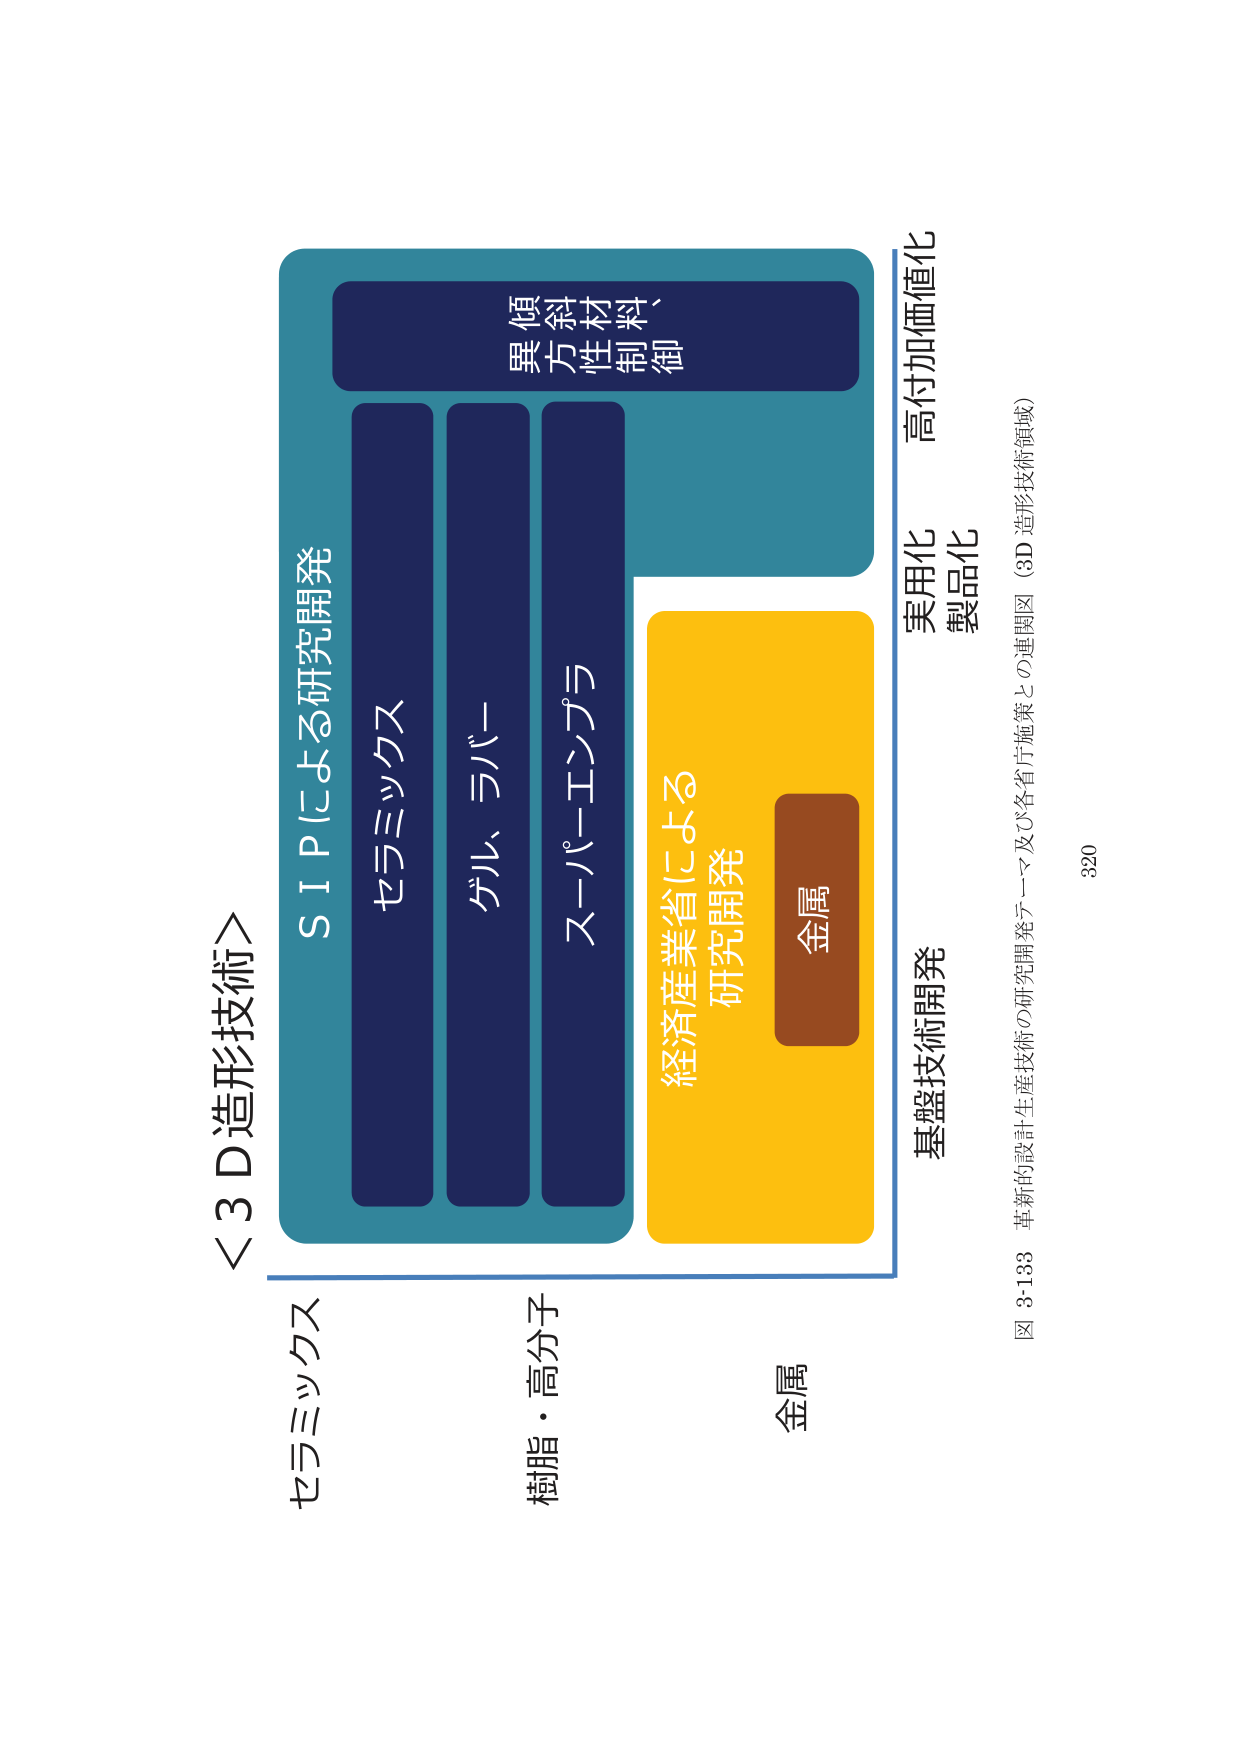
＜3D造形技術＞
SIPによる研究開発
セラミックス
ゲル、ラバー
スーパーエンプラ
異傾
方斜
性材
制料
御
経済産業省による
研究開発
金属
基盤技術開発
実用化
製品化
高付加価値化
セラミックス
樹脂・高分子
金属
図 3-133 革新的設計生産技術の研究開発テーマ及び各省庁施策との連関図（3D造形技術領域）
320